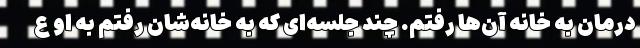
درمان به خانه آن‌ها رفتم. چند جلسه‌ای که به خانه‌شان رفتم به او ع